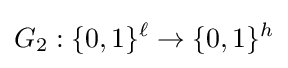
G_{2}:\{0,1\}^{\ell }\to \{0,1\}^{h}